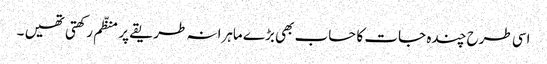
اسی طرح چندہ جات کا حساب بھی بڑے ماہرانہ طریقے پر منظّم رکھتی تھیں ۔